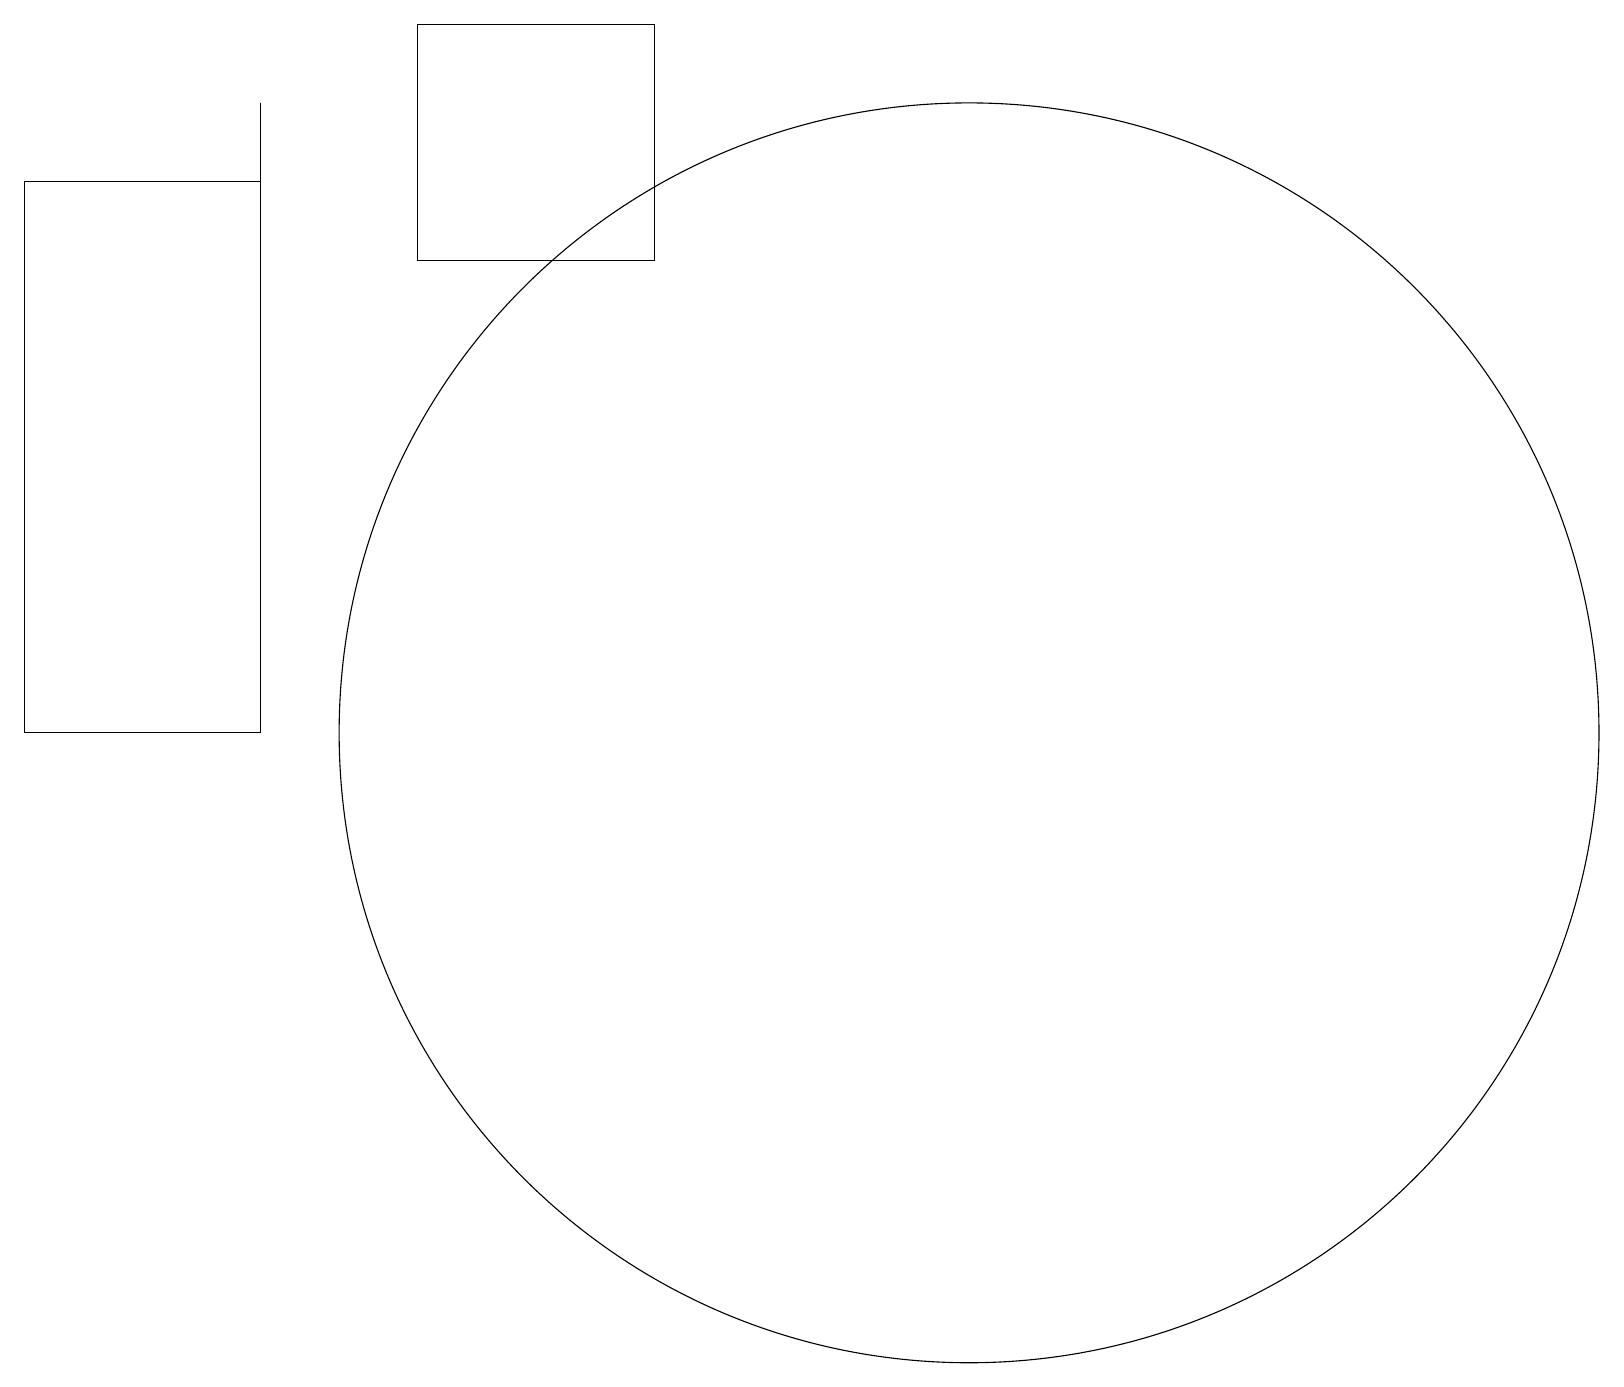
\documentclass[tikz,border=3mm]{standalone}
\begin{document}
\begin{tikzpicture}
\draw (3,18) rectangle (3,17);
\draw (8,19) rectangle (5,16);
\draw (12,10) circle (8);
\draw (0,17) rectangle (3,10);
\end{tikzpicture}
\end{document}